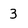
Character: 3